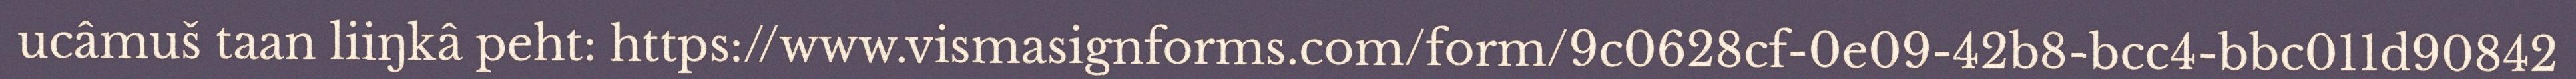
ucâmuš taan liiŋkâ peht: https://www.vismasignforms.com/form/9c0628cf-0e09-42b8-bcc4-bbc011d90842